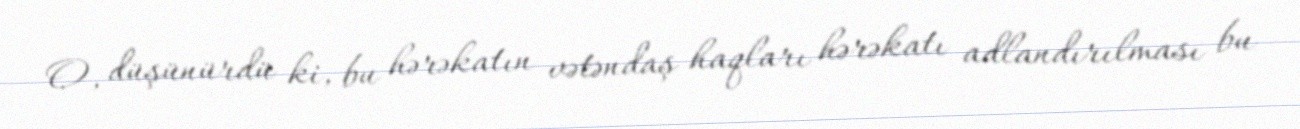
O, düşünürdü ki, bu hərəkatın vətəndaş haqları hərəkatı adlandırılması bu